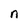
Character: n